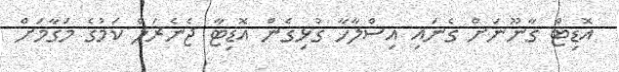
އޮޑިޓް ގާނޫނަށް ގެނައި އިސްލާހާ ގުޅިގެން އޮޑިޓާ ޖެނެރަލް ކަމުގެ މަގާމަށް